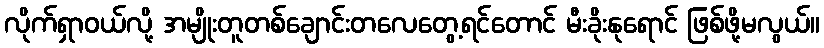
လိုက်ရှာဝယ်လို့ အမျိုးတူတစ်ချောင်းတလေတွေ့ရင်တောင် မီးခိုးနုရောင် ဖြစ်ဖို့မလွယ်။